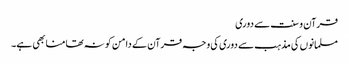
قرآن و سنت سے دوری
مسلمانوں کی مذہب سے دوری کی وجہ قرآن کے دامن کو نہ تھامنا بھی ہے۔